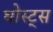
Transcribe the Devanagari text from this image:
घोस्ट्‌स